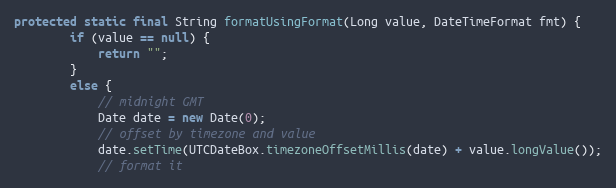
Language: Java
protected static final String formatUsingFormat(Long value, DateTimeFormat fmt) {
        if (value == null) {
            return "";
        }
        else {
            // midnight GMT
            Date date = new Date(0);
            // offset by timezone and value
            date.setTime(UTCDateBox.timezoneOffsetMillis(date) + value.longValue());
            // format it